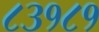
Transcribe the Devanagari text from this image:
८३१८१